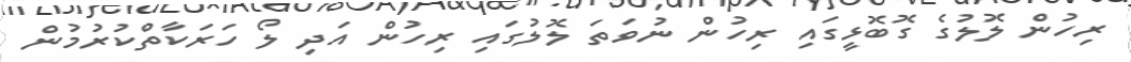
ރިހުން ލޮލުގެ ގޮބޮޅީގައި ރިހުން ނުވަތަ ލޮލުގައި ރިހުން އަދި ލޯ ހަރަކާތްކުރުމުން